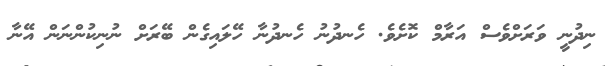
ނިދުނީ ވަރަށްވެސް އަރާމް ކޮށެވެ. ހެނދުނު ހެނދުނާ ހޭލައިގެން ބޭރަށް ނުނިކުންނަން އޭނާ